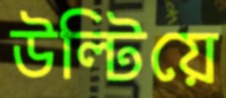
উল্‌টিয়ে